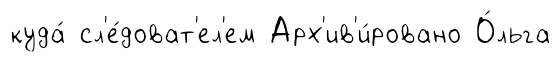
куда́ сл'е́доват'ел'ем Арх'ив'и́ровано О́льга